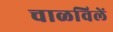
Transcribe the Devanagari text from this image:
चाळविलें